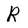
Character: R